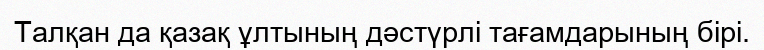
Талқан да қазақ ұлтының дәстүрлі тағамдарының бірі.